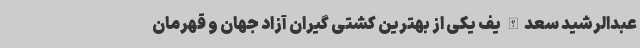
عبدالرشید سعدالله یف یکی از بهترین کشتی گیران آزاد جهان و قهرمان